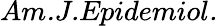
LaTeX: \textit{Am.J.Epidemiol.}